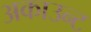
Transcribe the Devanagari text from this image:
अकाउन्ट